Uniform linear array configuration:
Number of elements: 32
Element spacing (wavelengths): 1
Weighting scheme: kaiser
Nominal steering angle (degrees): -15
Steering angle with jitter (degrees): -13.551
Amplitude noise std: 0.05
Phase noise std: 0.05

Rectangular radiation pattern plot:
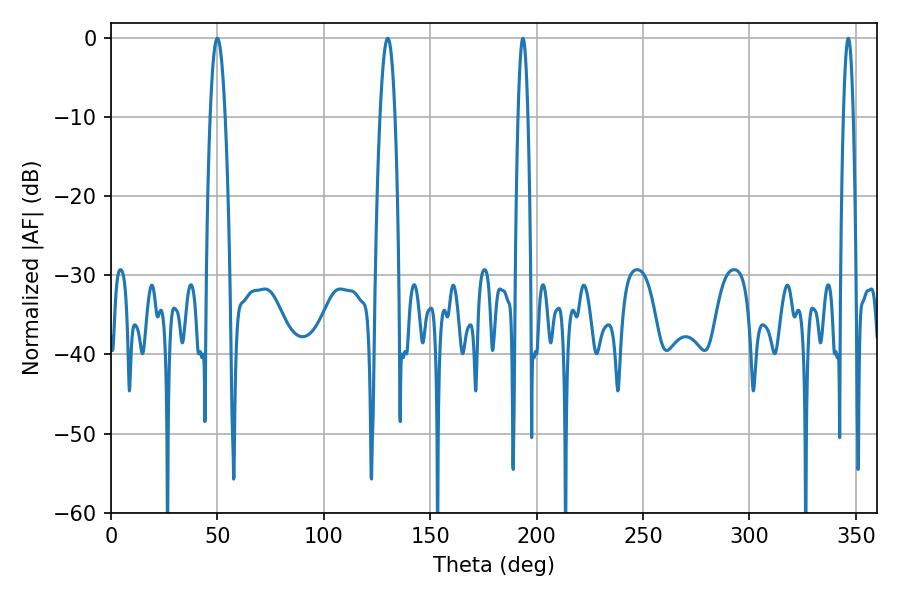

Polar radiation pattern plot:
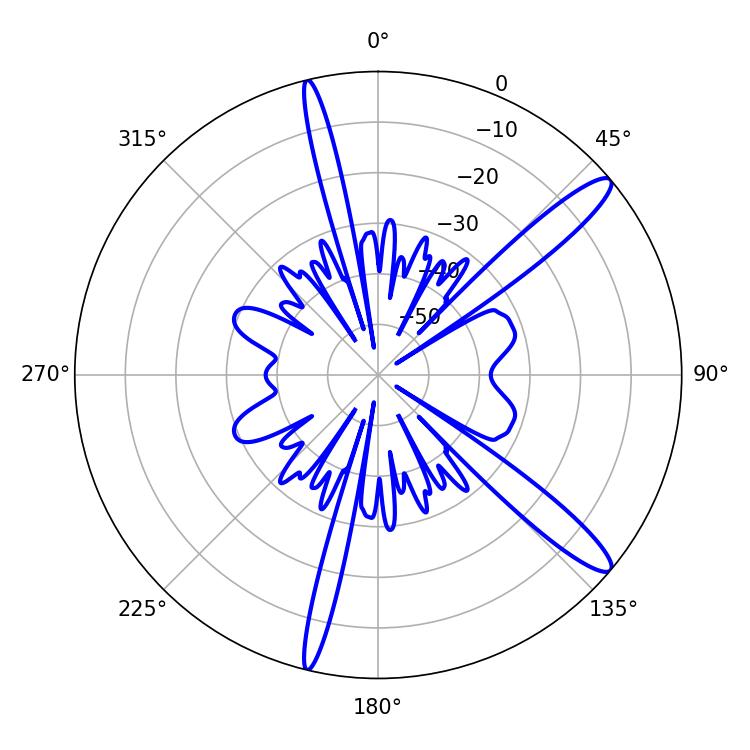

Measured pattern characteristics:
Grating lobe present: TRUE
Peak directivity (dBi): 13.474
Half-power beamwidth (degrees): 3.78
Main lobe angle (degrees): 50.04